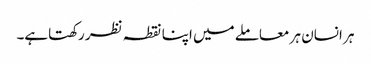
ہر انسان ہر معاملے میں اپنا نقطہ نظر رکھتاہے۔